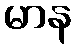
မာန